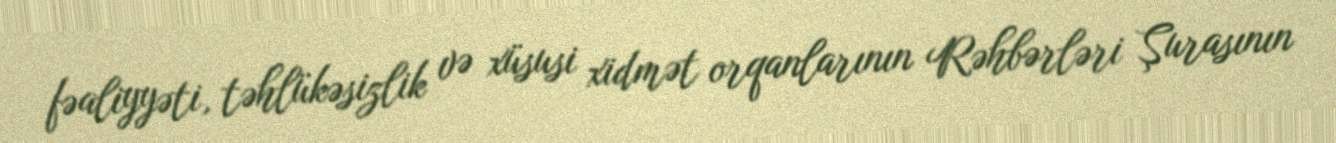
fəaliyyəti, təhlükəsizlik və xüsusi xidmət orqanlarının Rəhbərləri Şurasının